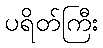
ပရိတ်ကြီး